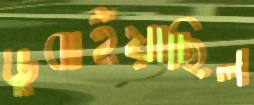
ডুবাইয়াছিল